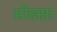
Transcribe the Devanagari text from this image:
ओस्सा